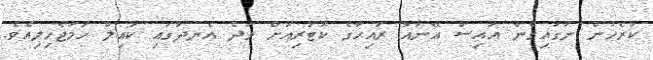
ކުރެހުން ނަގައިގެން އައިސް އޭނާއާ ރައިހާގެ ކޮޓަރިއަށް ވަދެ އެނދުގައި ކައިލް ހަމަޖެހިލިއެވެ.